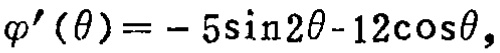
\(\varphi^{\prime}(\theta)=-5\sin 2\theta - 12\cos\theta\)